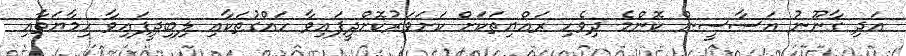
އަދި ގާނޫނު އަސާސީން ކޮންމެ ދިވެހި ރައްޔިތަކަށް ކަށަވަރުކޮށްދީފައިވާ ހައްގުތަކާއި ލިބިދީފައިވާ ހިމާޔަތާއި